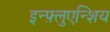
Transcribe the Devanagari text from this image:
इन्फ़्लुएन्शिय